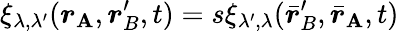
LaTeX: \xi_{\lambda,\lambda^{\prime}}(\boldsymbol{r}_{\mathbf{A}},\boldsymbol{r}_{B}^{\prime},t)=s\xi_{\lambda^{\prime},\lambda}(\bar{{\boldsymbol{r}}}_{B}^{\prime},\bar{{\boldsymbol{r}}}_{\mathbf{A}},t)